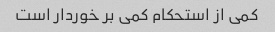
کمی از استحکام کمی بر خوردار است